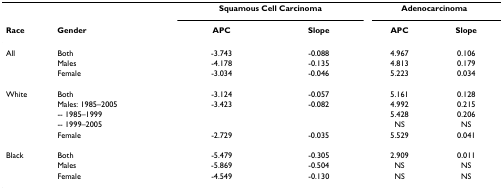
<table><thead><tr><td></td><td></td><td colspan="2"><b>Squamous Cell Carcinoma</b></td><td colspan="2"><b>Adenocarcinoma</b></td></tr><tr><td><b>Race</b></td><td><b>Gender</b></td><td><b>APC</b></td><td><b>Slope</b></td><td><b>APC</b></td><td><b>Slope</b></td></tr></thead><tbody><tr><td>All</td><td>Both</td><td>-3.743</td><td>-0.088</td><td>4.967</td><td>0.106</td></tr><tr><td></td><td>Males</td><td>-4.178</td><td>-0.135</td><td>4.813</td><td>0.179</td></tr><tr><td></td><td>Female</td><td>-3.034</td><td>-0.046</td><td>5.223</td><td>0.034</td></tr><tr><td>White</td><td>Both</td><td>-3.124</td><td>-0.057</td><td>5.161</td><td>0.128</td></tr><tr><td></td><td>Males: 1985–2005</td><td>-3.423</td><td>-0.082</td><td>4.992</td><td>0.215</td></tr><tr><td></td><td>-- 1985–1999</td><td></td><td></td><td>5.428</td><td>0.206</td></tr><tr><td></td><td>-- 1999–2005</td><td></td><td></td><td>NS</td><td>NS</td></tr><tr><td></td><td>Female</td><td>-2.729</td><td>-0.035</td><td>5.529</td><td>0.041</td></tr><tr><td>Black</td><td>Both</td><td>-5.479</td><td>-0.305</td><td>2.909</td><td>0.011</td></tr><tr><td></td><td>Males</td><td>-5.869</td><td>-0.504</td><td>NS</td><td>NS</td></tr><tr><td></td><td>Female</td><td>-4.549</td><td>-0.130</td><td>NS</td><td>NS</td></tr></tbody></table>